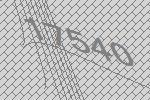
17540